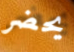
يحضر